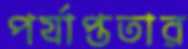
পর্যাপ্ততার